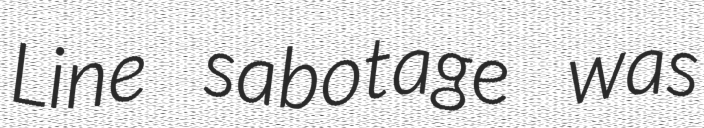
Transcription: Line sabotage was